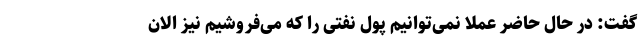
گفت: در حال حاضر عملا نمی‌توانیم پول نفتی را که می‌فروشیم نیز الان